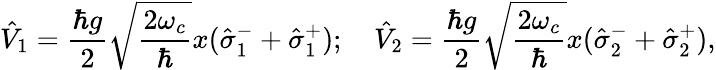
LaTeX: \hat{V}_{1}=\frac{\hbar g}{2}\sqrt{\frac{2\omega_{c}}{\hbar}}x(\hat{\sigma}_{1}^{-}+\hat{\sigma}_{1}^{+});\quad\hat{V}_{2}=\frac{\hbar g}{2}\sqrt{\frac{2\omega_{c}}{\hbar}}x(\hat{\sigma}_{2}^{-}+\hat{\sigma}_{2}^{+}),